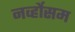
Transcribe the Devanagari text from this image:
नर्व्होसम